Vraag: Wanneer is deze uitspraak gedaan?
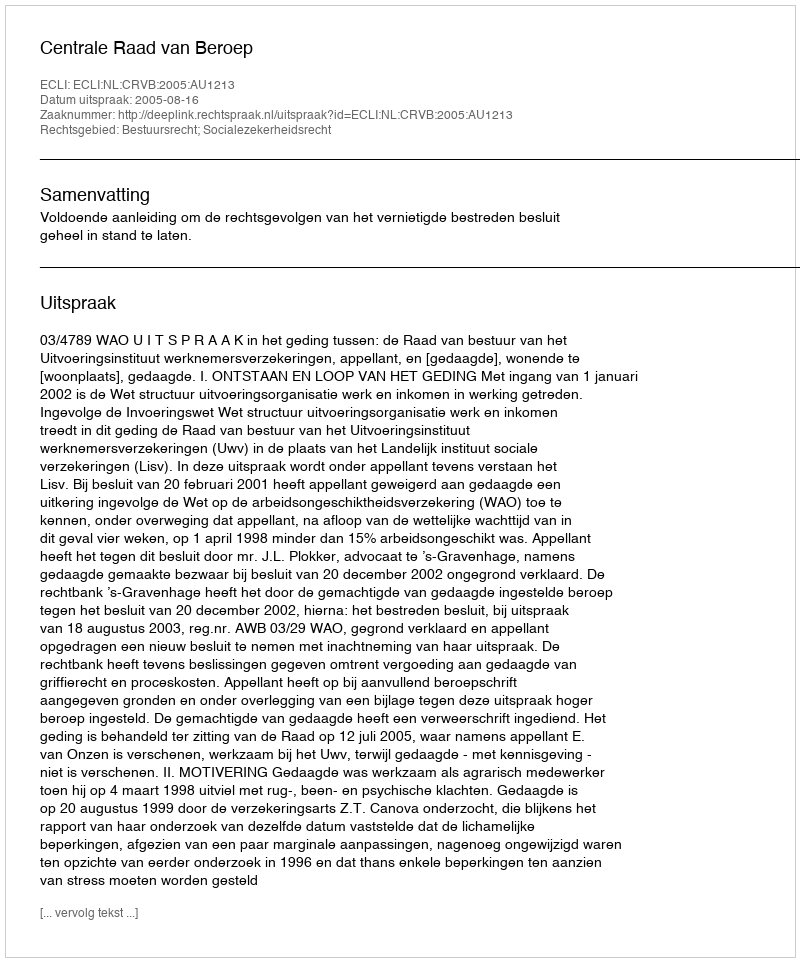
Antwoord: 2005-08-16